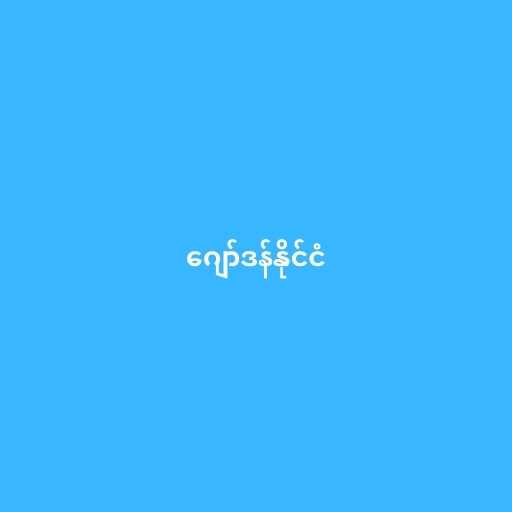
ဂျော်ဒန်နိုင်ငံ